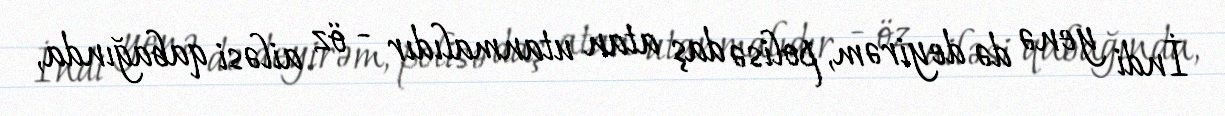
İndi yenə də deyirəm, polisə daş atan utanmalıdır - öz ailəsi qabağında,